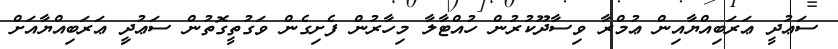
ސަޢުދީ ޢަރަބިއްޔާއިން ޢުމްރާ ވިސާދޫކުރުން ހުއްޓާލާ މިހާރުން ފެށިގެން ވަގުތީގޮތުން ސަޢުދިީ ޢަރަބިއްޔާއަށް